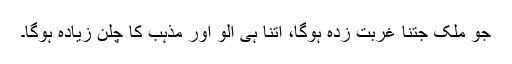
جو ملک جتنا غربت زدہ ہوگا، اتنا ہی آلو اور مذہب کا چلن زیادہ ہوگا۔